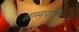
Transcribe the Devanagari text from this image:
साम्ययोगी